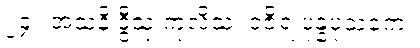
၂၄။ အသနိ ဒွီသု ကုလိသံ၊ ဝဇိရံ ပုန္နပုံသကေ။